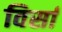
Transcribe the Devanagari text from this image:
विर्सा